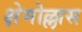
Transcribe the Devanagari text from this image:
क्षेमोल्लास